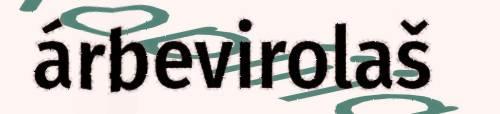
árbevirolaš